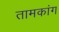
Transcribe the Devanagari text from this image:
तामकांग